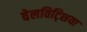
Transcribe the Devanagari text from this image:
वेलविट्शिया